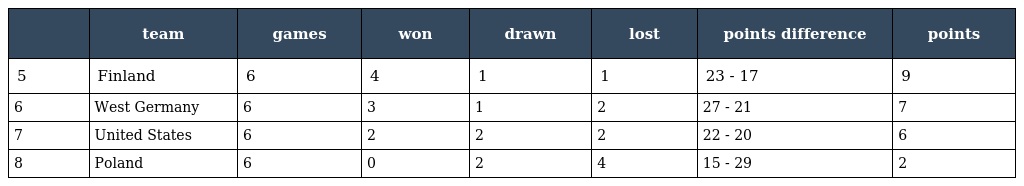
|  | team | games | won | drawn | lost | points difference | points |
 | --- | --- | --- | --- | --- | --- | --- | --- |
 | 5 | Finland | 6 | 4 | 1 | 1 | 23 - 17 | 9 |
 | 6 | West Germany | 6 | 3 | 1 | 2 | 27 - 21 | 7 |
 | 7 | United States | 6 | 2 | 2 | 2 | 22 - 20 | 6 |
 | 8 | Poland | 6 | 0 | 2 | 4 | 15 - 29 | 2 |